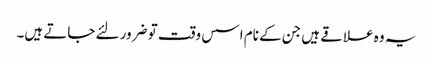
یہ وہ علاقے ہیں جن کے نام اسس وقت تو ضرور لئے جاتے ہیں۔